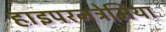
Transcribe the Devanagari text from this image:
हाइपरनट्रेमिया